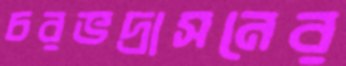
চরভদ্রাসনের